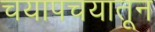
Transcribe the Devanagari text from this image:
चयापचयातून